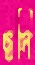
ছদি